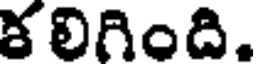
కలిగింది.